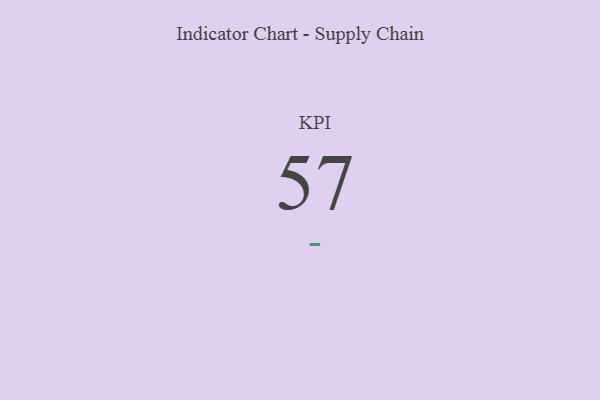
{"axis": {"x": "KPI", "y": "Value"}, "legend": [""], "data": [{"x": "KPI", "y": 57, "type": ""}]}